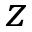
z